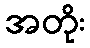
အတိုး